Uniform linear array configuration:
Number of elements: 4
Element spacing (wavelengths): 1
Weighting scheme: binomial
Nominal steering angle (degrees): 15
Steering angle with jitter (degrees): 14.569
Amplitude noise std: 0.05
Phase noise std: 0.05

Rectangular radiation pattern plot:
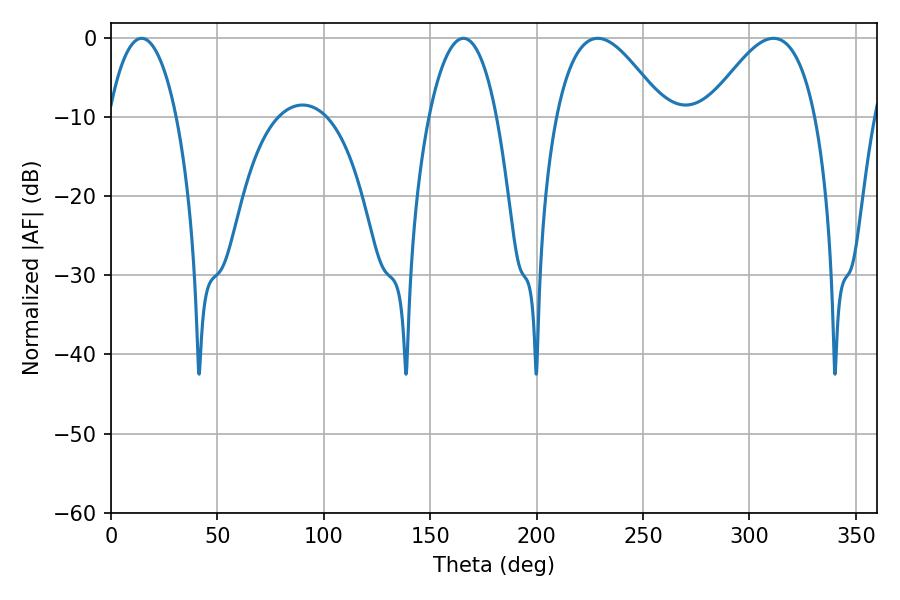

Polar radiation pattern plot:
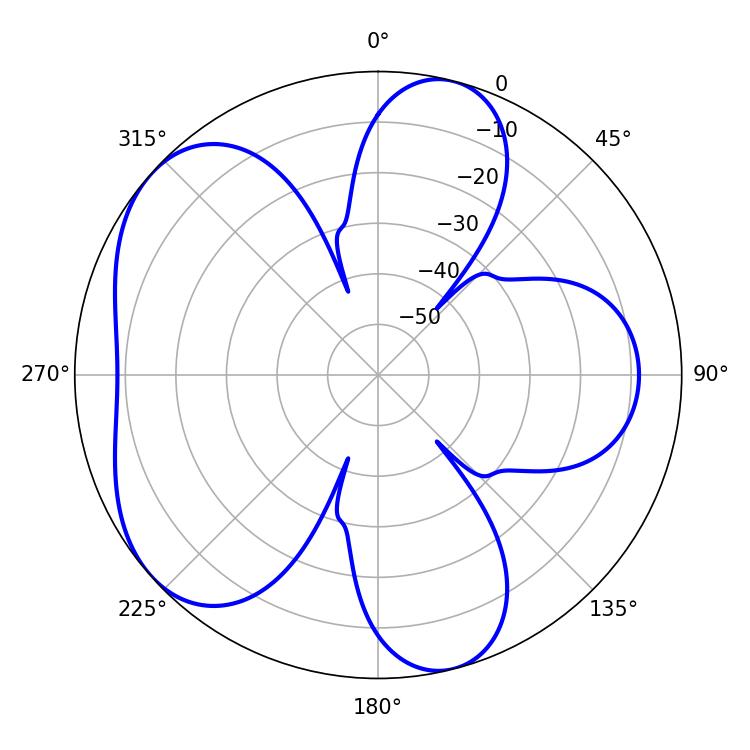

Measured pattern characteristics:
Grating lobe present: TRUE
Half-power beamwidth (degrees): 17.82
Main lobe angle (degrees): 14.4